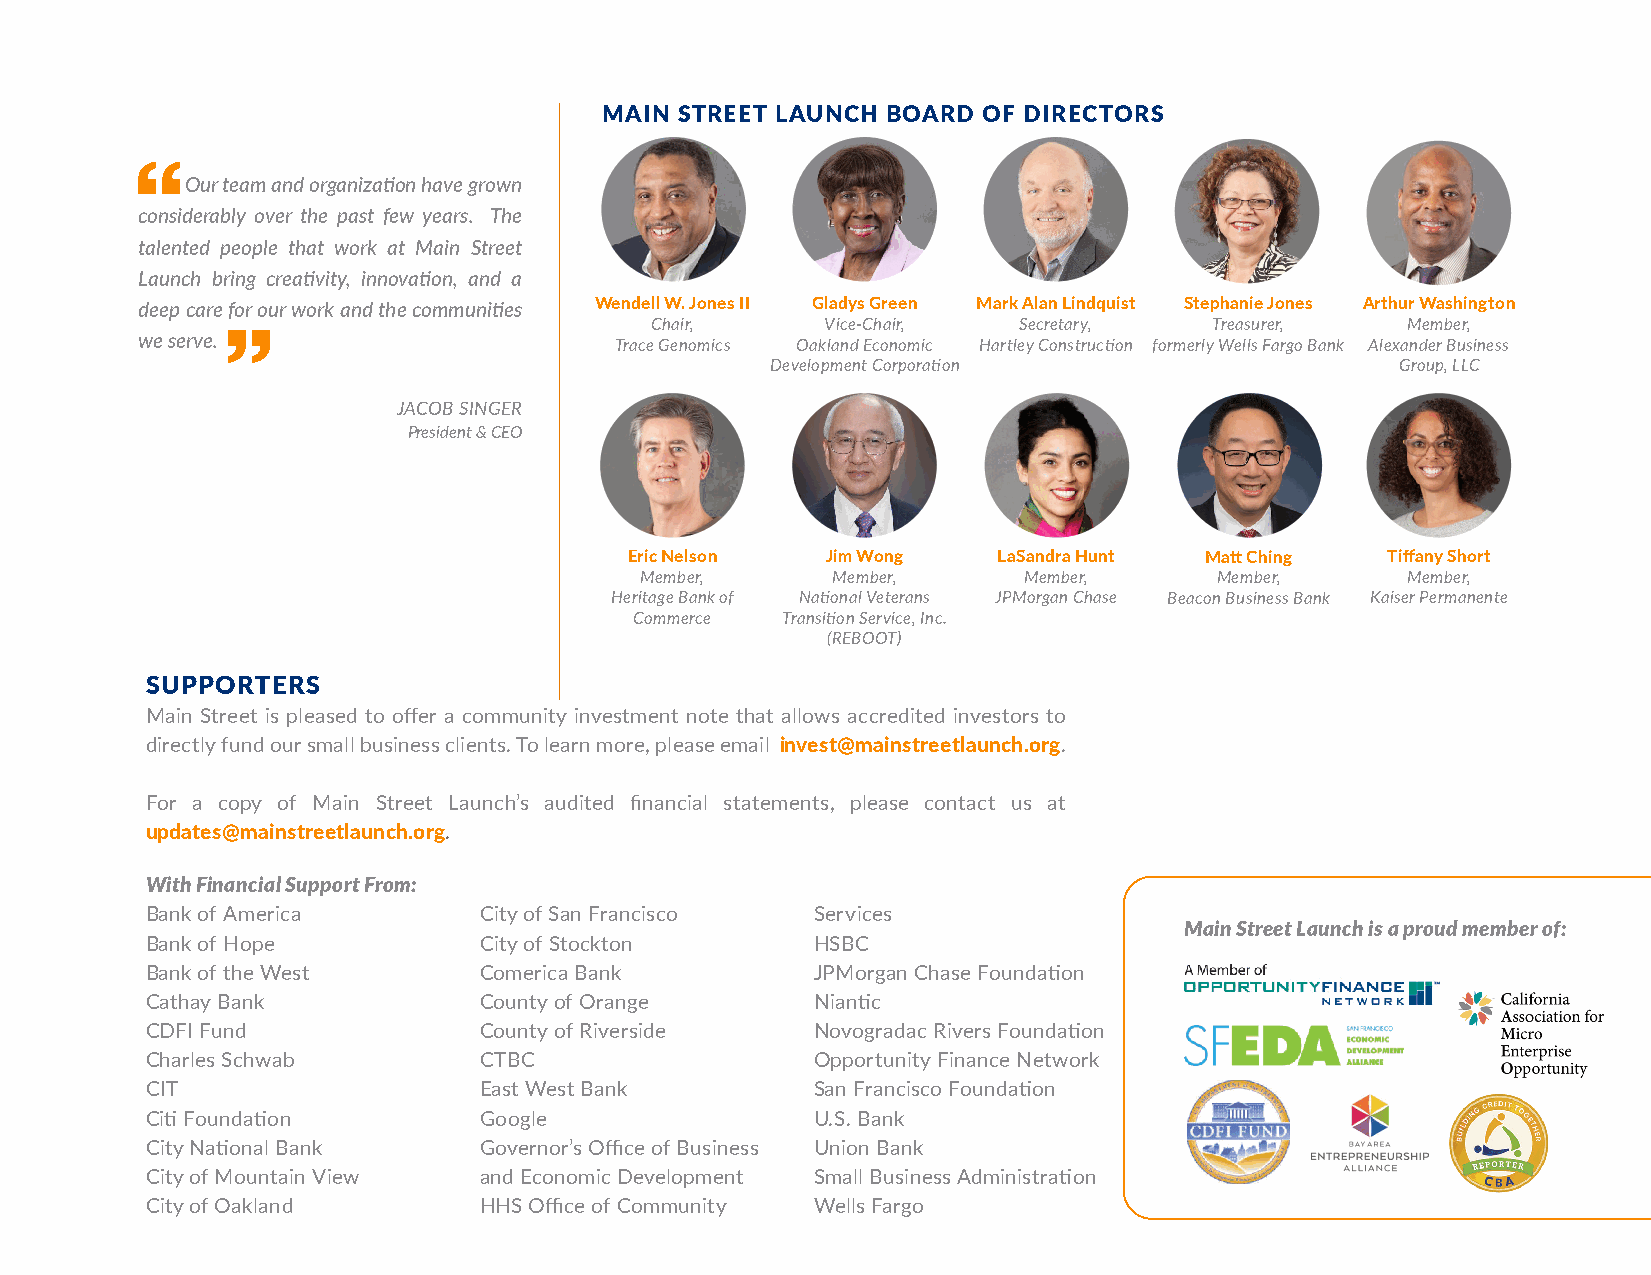
MAIN STREET LAUNCH BOARD OF DIRECTORS
 Our team and organization have grown
 considerably over the past few years. The
 talented people that work at Main Street
 Launch bring creativity, innovation, and a
 deep care for our work and the communities Wendell W. Jones II Gladys Green Mark Alan Lindquist Stephanie Jones Arthur Washington
 Chair,      Vice-Chair, Secretary,   Treasurer,   Member,
 we serve.                       Trace Genomics Oakland Economic Hartley Construction formerly Wells Fargo Bank Alexander Business
 Development Corporation                   Group, LLC
 JACOB SINGER
 President & CEO
 Eric Nelson  Jim Wong   LaSandra Hunt Matt Ching  Tiffany Short
 Member,      Member,      Member,     Member,      Member,
 Heritage Bank of National Veterans JPMorgan Chase Beacon Business Bank Kaiser Permanente
 Commerce  Transition Service, Inc.
 (REBOOT)
 SUPPORTERS
 Main Street is pleased to offer a community investment note that allows accredited investors to
 directly fund our small business clients. To learn more, please email invest@mainstreetlaunch.org.
 For a copy of Main Street Launch’s audited financial statements, please contact us at
 updates@mainstreetlaunch.org.
 With Financial Support From:
 Bank of America       City of San Francisco Services
 Main Street Launch is a proud member of:
 Bank of Hope          City of Stockton      HSBC
 Bank of the West      Comerica Bank         JPMorgan Chase Foundation
 Cathay Bank           County of Orange      Niantic
 CDFI Fund             County of Riverside   Novogradac Rivers Foundation
 Charles Schwab        CTBC                  Opportunity Finance Network
 CIT                   East West Bank        San Francisco Foundation
 Citi Foundation       Google                U.S. Bank
 City National Bank    Governor’s Office of Business Union Bank
 City of Mountain View and Economic Development Small Business Administration
 City of Oakland       HHS Office of Community Wells Fargo